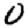
Digit: 0